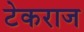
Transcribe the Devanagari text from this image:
टेकराज